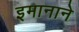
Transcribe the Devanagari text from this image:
इमानाने